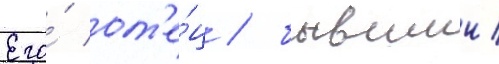
Его́ от'е́ц / бывшии